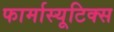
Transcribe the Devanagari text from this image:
फार्मास्यूटिक्स